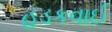
હડકવાઈ